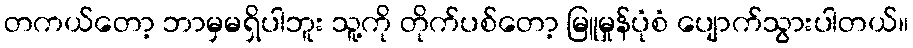
တကယ်တော့ ဘာမှမရှိပါဘူး သူ့ကို တိုက်ပစ်တော့ မြူမှုန်ပုံစံ ပျောက်သွားပါတယ်။